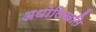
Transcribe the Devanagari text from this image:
अधोलिखति